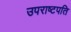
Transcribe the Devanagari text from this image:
उपराष्टपति